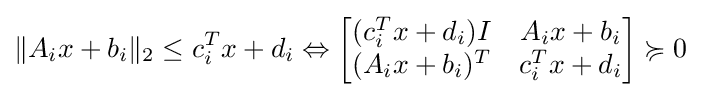
\lVert A_{i}x+b_{i}\rVert _{2}\leq c_{i}^{T}x+d_{i}\Leftrightarrow {\begin{bmatrix}(c_{i}^{T}x+d_{i})I&A_{i}x+b_{i}\\(A_{i}x+b_{i})^{T}&c_{i}^{T}x+d_{i}\end{bmatrix}}\succcurlyeq 0